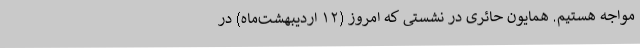
مواجه هستیم. همایون حائری در نشستی که امروز (۱۲ اردیبهشت‌ماه) در